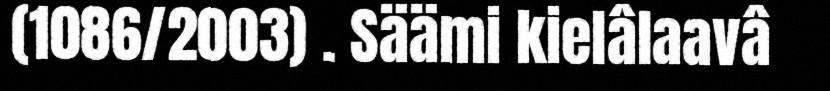
(1086/2003) . Säämi kielâlaavâ